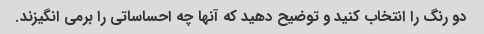
دو رنگ را انتخاب کنید و توضیح دهید که آنها چه احساساتی را برمی انگیزند.